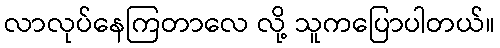
လာလုပ်နေကြတာလေ လို့ သူကပြောပါတယ်။